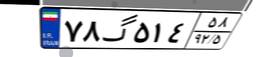
۲۷گ۴۱۷۷۷